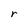
Character: r